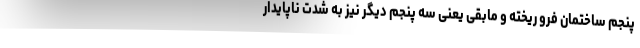
پنجم ساختمان فرو ریخته و مابقی یعنی سه پنجم دیگر نیز به شدت ناپایدار